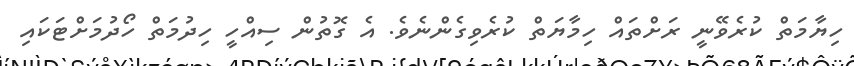
ހިޔާމަތް ކުރެވޭނީ ރަށްތައް ހިމާޔަތް ކުރެވިގެންނެވެ. އެ ގޮތުން ސިއްހީ ހިދުމަތް ހޯދުމަށްޓަކައި